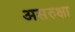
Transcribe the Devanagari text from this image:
असरुक्षा